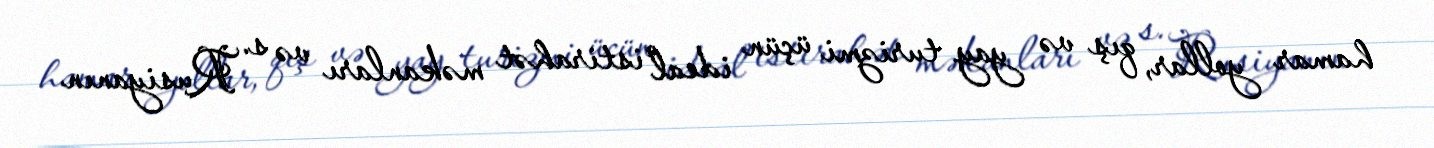
hamar yollar, qış və yay turizmi üçün ideal istirahət məkanları və s. Rusiyanın